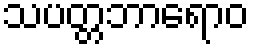
သပတ္တဘာရောဝ